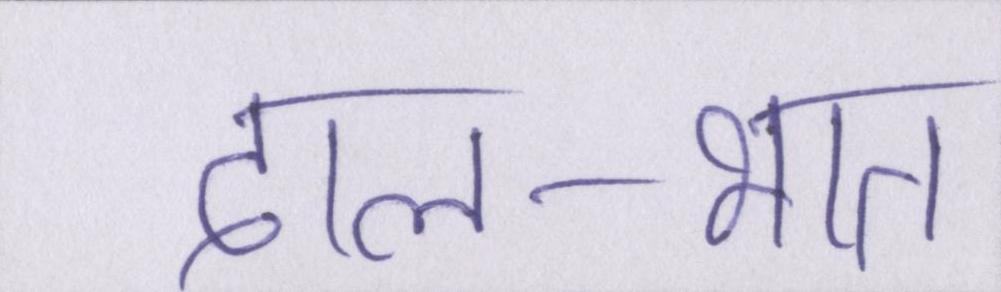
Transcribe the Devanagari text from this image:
दाल-भात